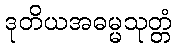
ဒုတိယအဓမ္မသုတ္တံ